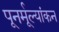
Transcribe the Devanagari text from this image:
पूनर्मूल्यांकन